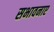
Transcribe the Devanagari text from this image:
सभावनाए